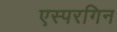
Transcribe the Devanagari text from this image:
एस्परगिन